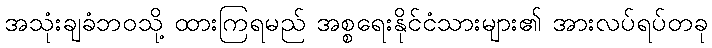
အသုံးချခံဘဝသို့ ထားကြရမည် အစ္စရေးနိုင်ငံသားများ၏ အားလပ်ရပ်တခု